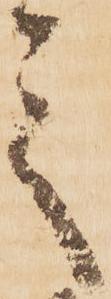
之